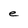
Character: e